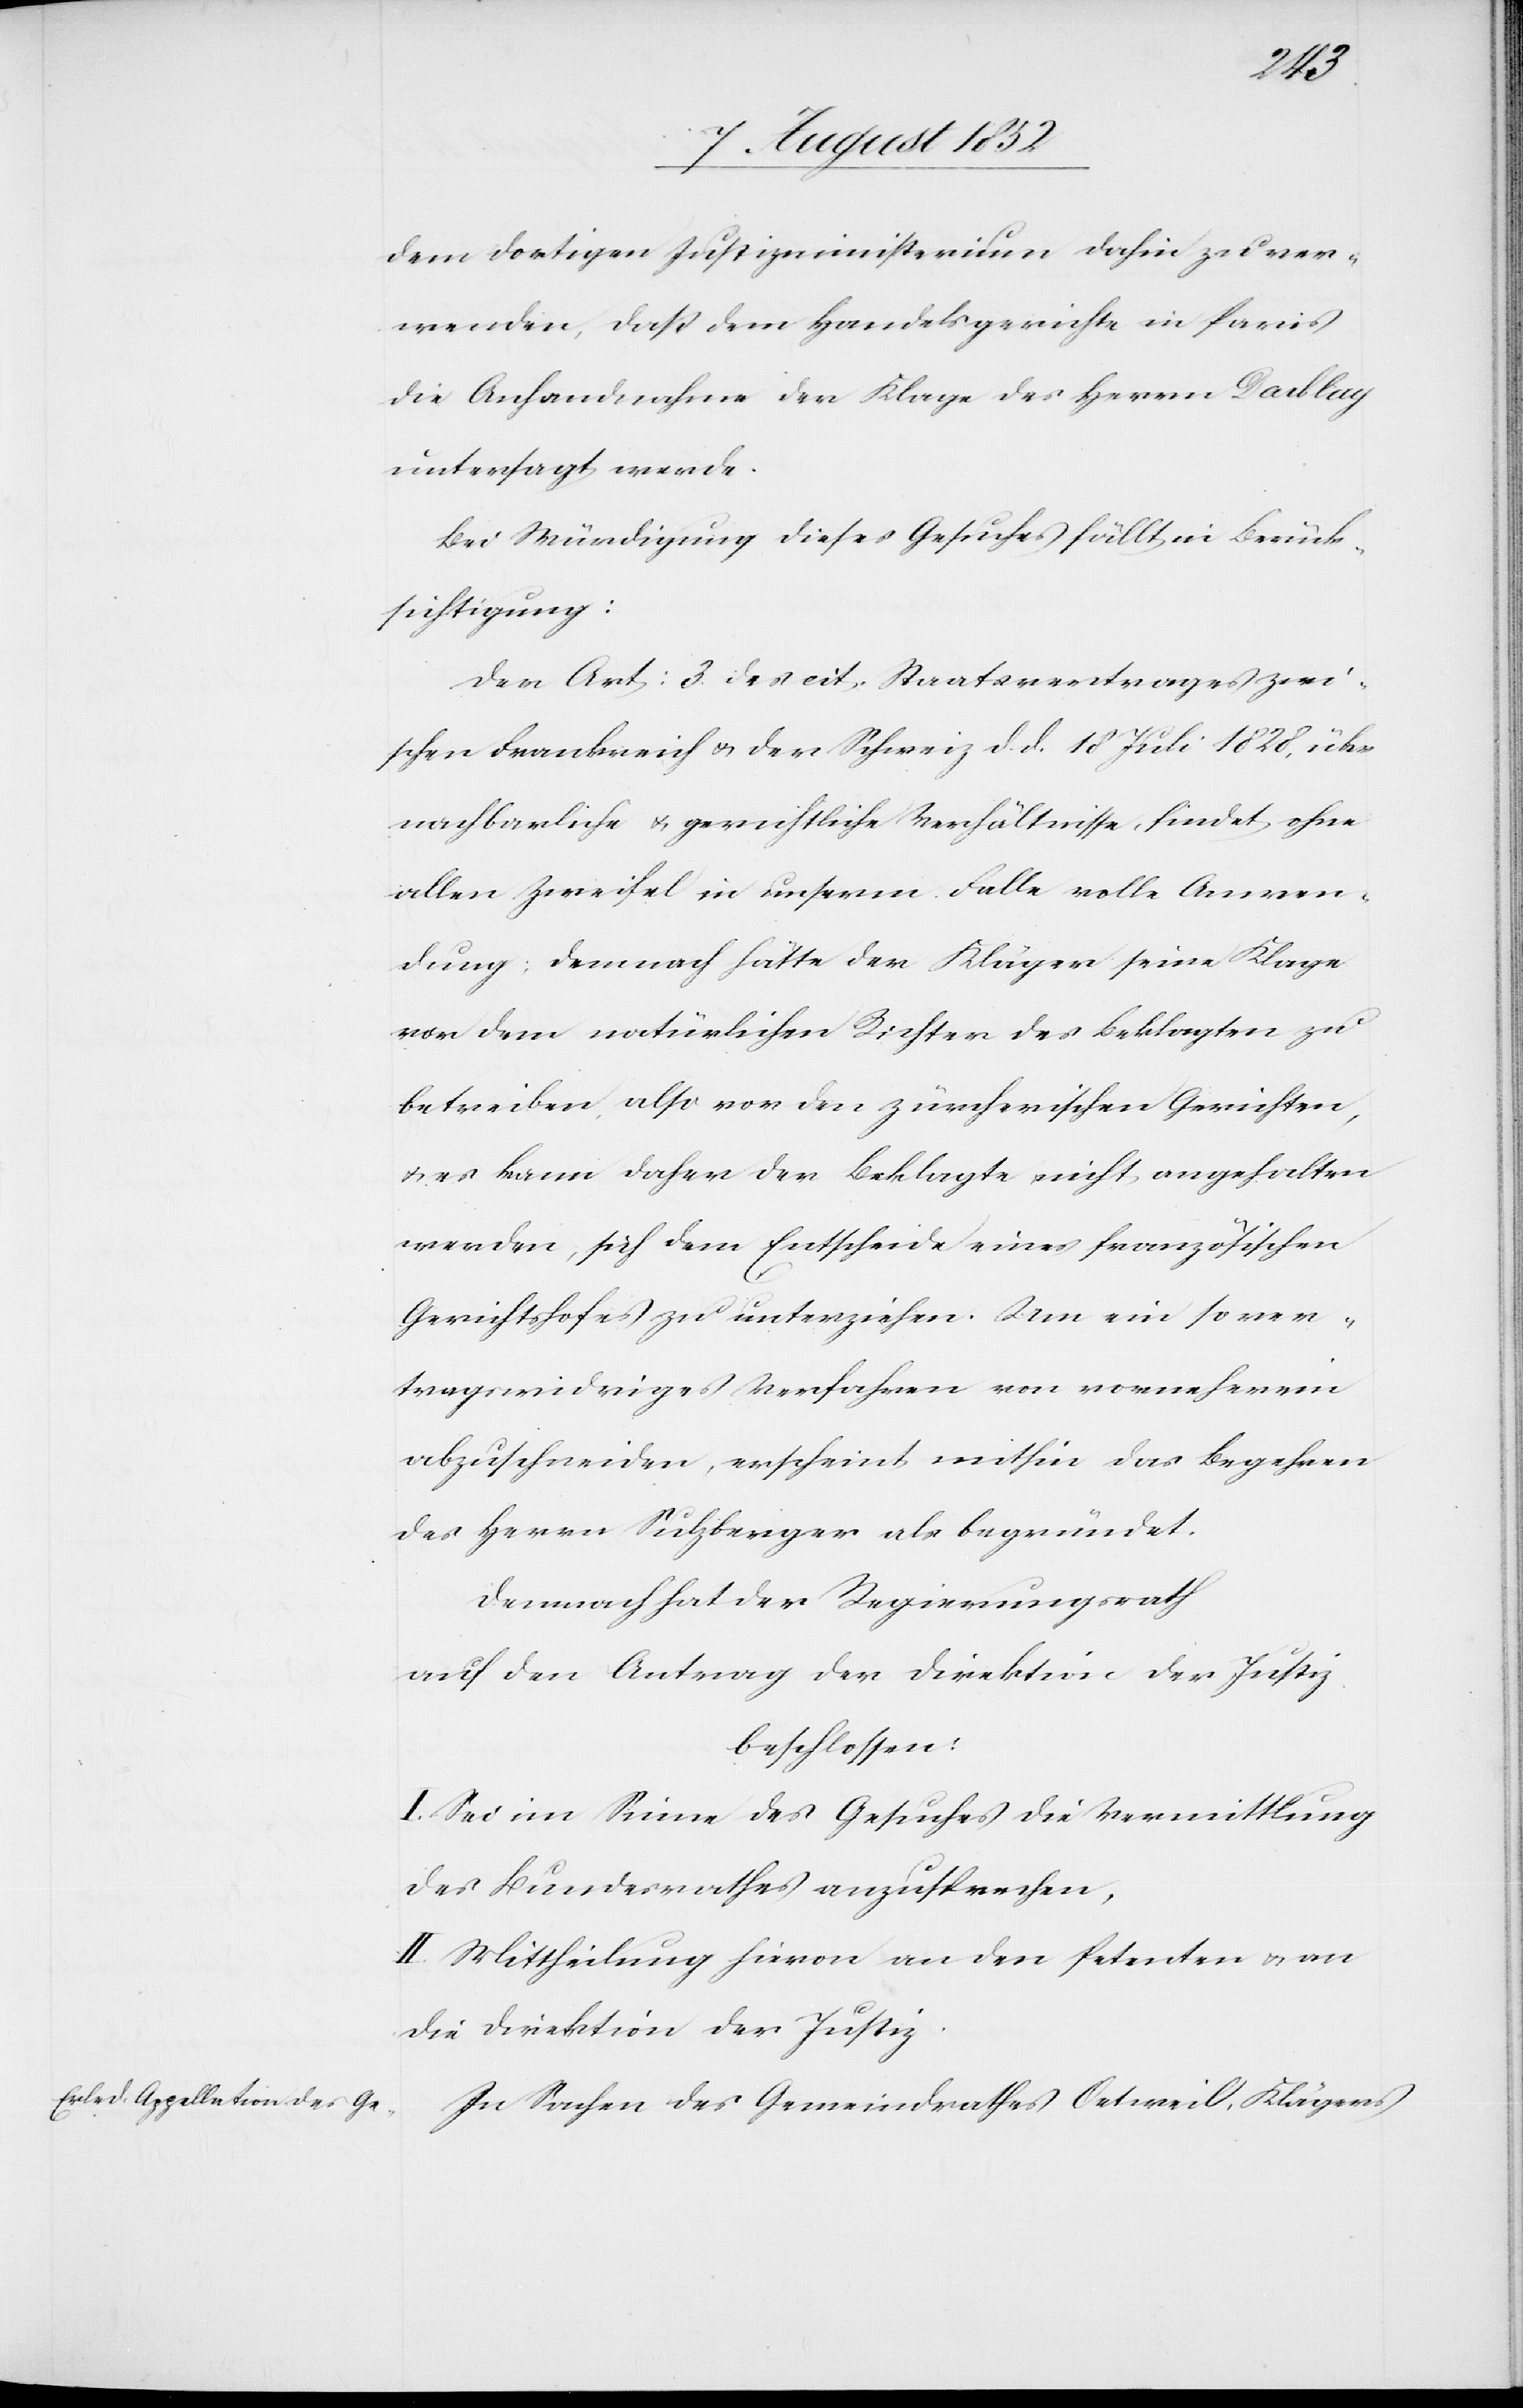
dem dortigen Justizministerium dahin zu ver¬
wenden, daß dem Handelsgerichte in Paris
die Anhandnahme der Klage des Herrn Darblay
untersagt werde.
Bei Würdigung dieses Gesuches fällt in Berück¬
sichtigung:
Der Art: 3 des cit. Staatsvertrages zwi¬
schen Frankreich & der Schweiz d. d. 18 Juli 1828, über
nachbarliche & gerichtliche Verhältnisse, findet ohne
allen Zweifel in unserm Falle volle Anwen¬
dung; demnach hätte der Kläger seine Klage
vor dem natürlichen Richter des Beklagten zu
betreiben, also vor den zürcherischen Gerichten,
& es kann daher der Beklagte nicht angehalten
werden, sich dem Entscheide eines französischen
Gerichtshofes zu unterziehen. Um ein so ver¬
tragswidriges Verfahren von vorneherein
abzuschneiden, erscheint mithin das Begehren
des Herrn Sulzberger als begründet.
Demnach hat der Regierungsrath
auf den Antrag der Direktion der Justiz
beschlossen:
I. Sei im Sinne des Gesuches die Vermittlung
des Bundesrathes anzusprechen.
II. Mittheilung hievon an den Petenten & an
die Direktion der Justiz.
In Sachen des Gemeindrathes Oetweil, Klägers